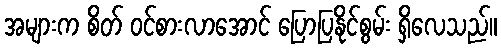
အများက စိတ် ဝင်စားလာအောင် ပြောပြနိုင်စွမ်း ရှိလေသည်။